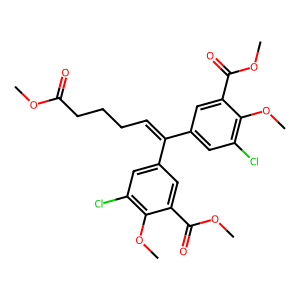
SMILES: COC(=O)CCCC=C(c1cc(Cl)c(OC)c(C(=O)OC)c1)c1cc(Cl)c(OC)c(C(=O)OC)c1
Inhibits HIV replication: Yes